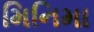
મિનિમા